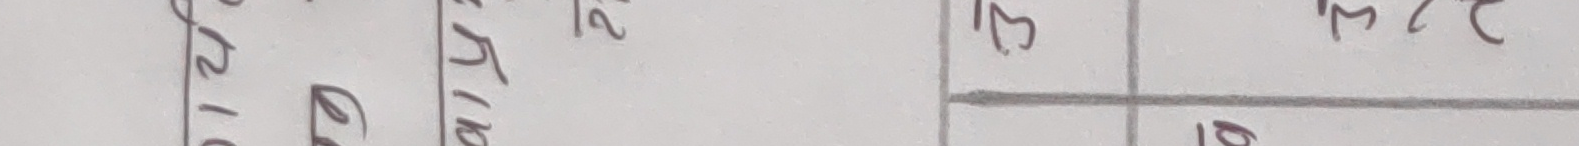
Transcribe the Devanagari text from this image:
२१२३२४